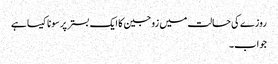
روزے کی حالت میں زوجین کا ایک بستر پر سونا کیسا ہے
جواب۔